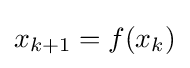
x_{k+1}=f(x_{k})